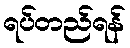
ရပ်တည်ရန်